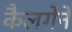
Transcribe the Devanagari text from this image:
कैलगेने